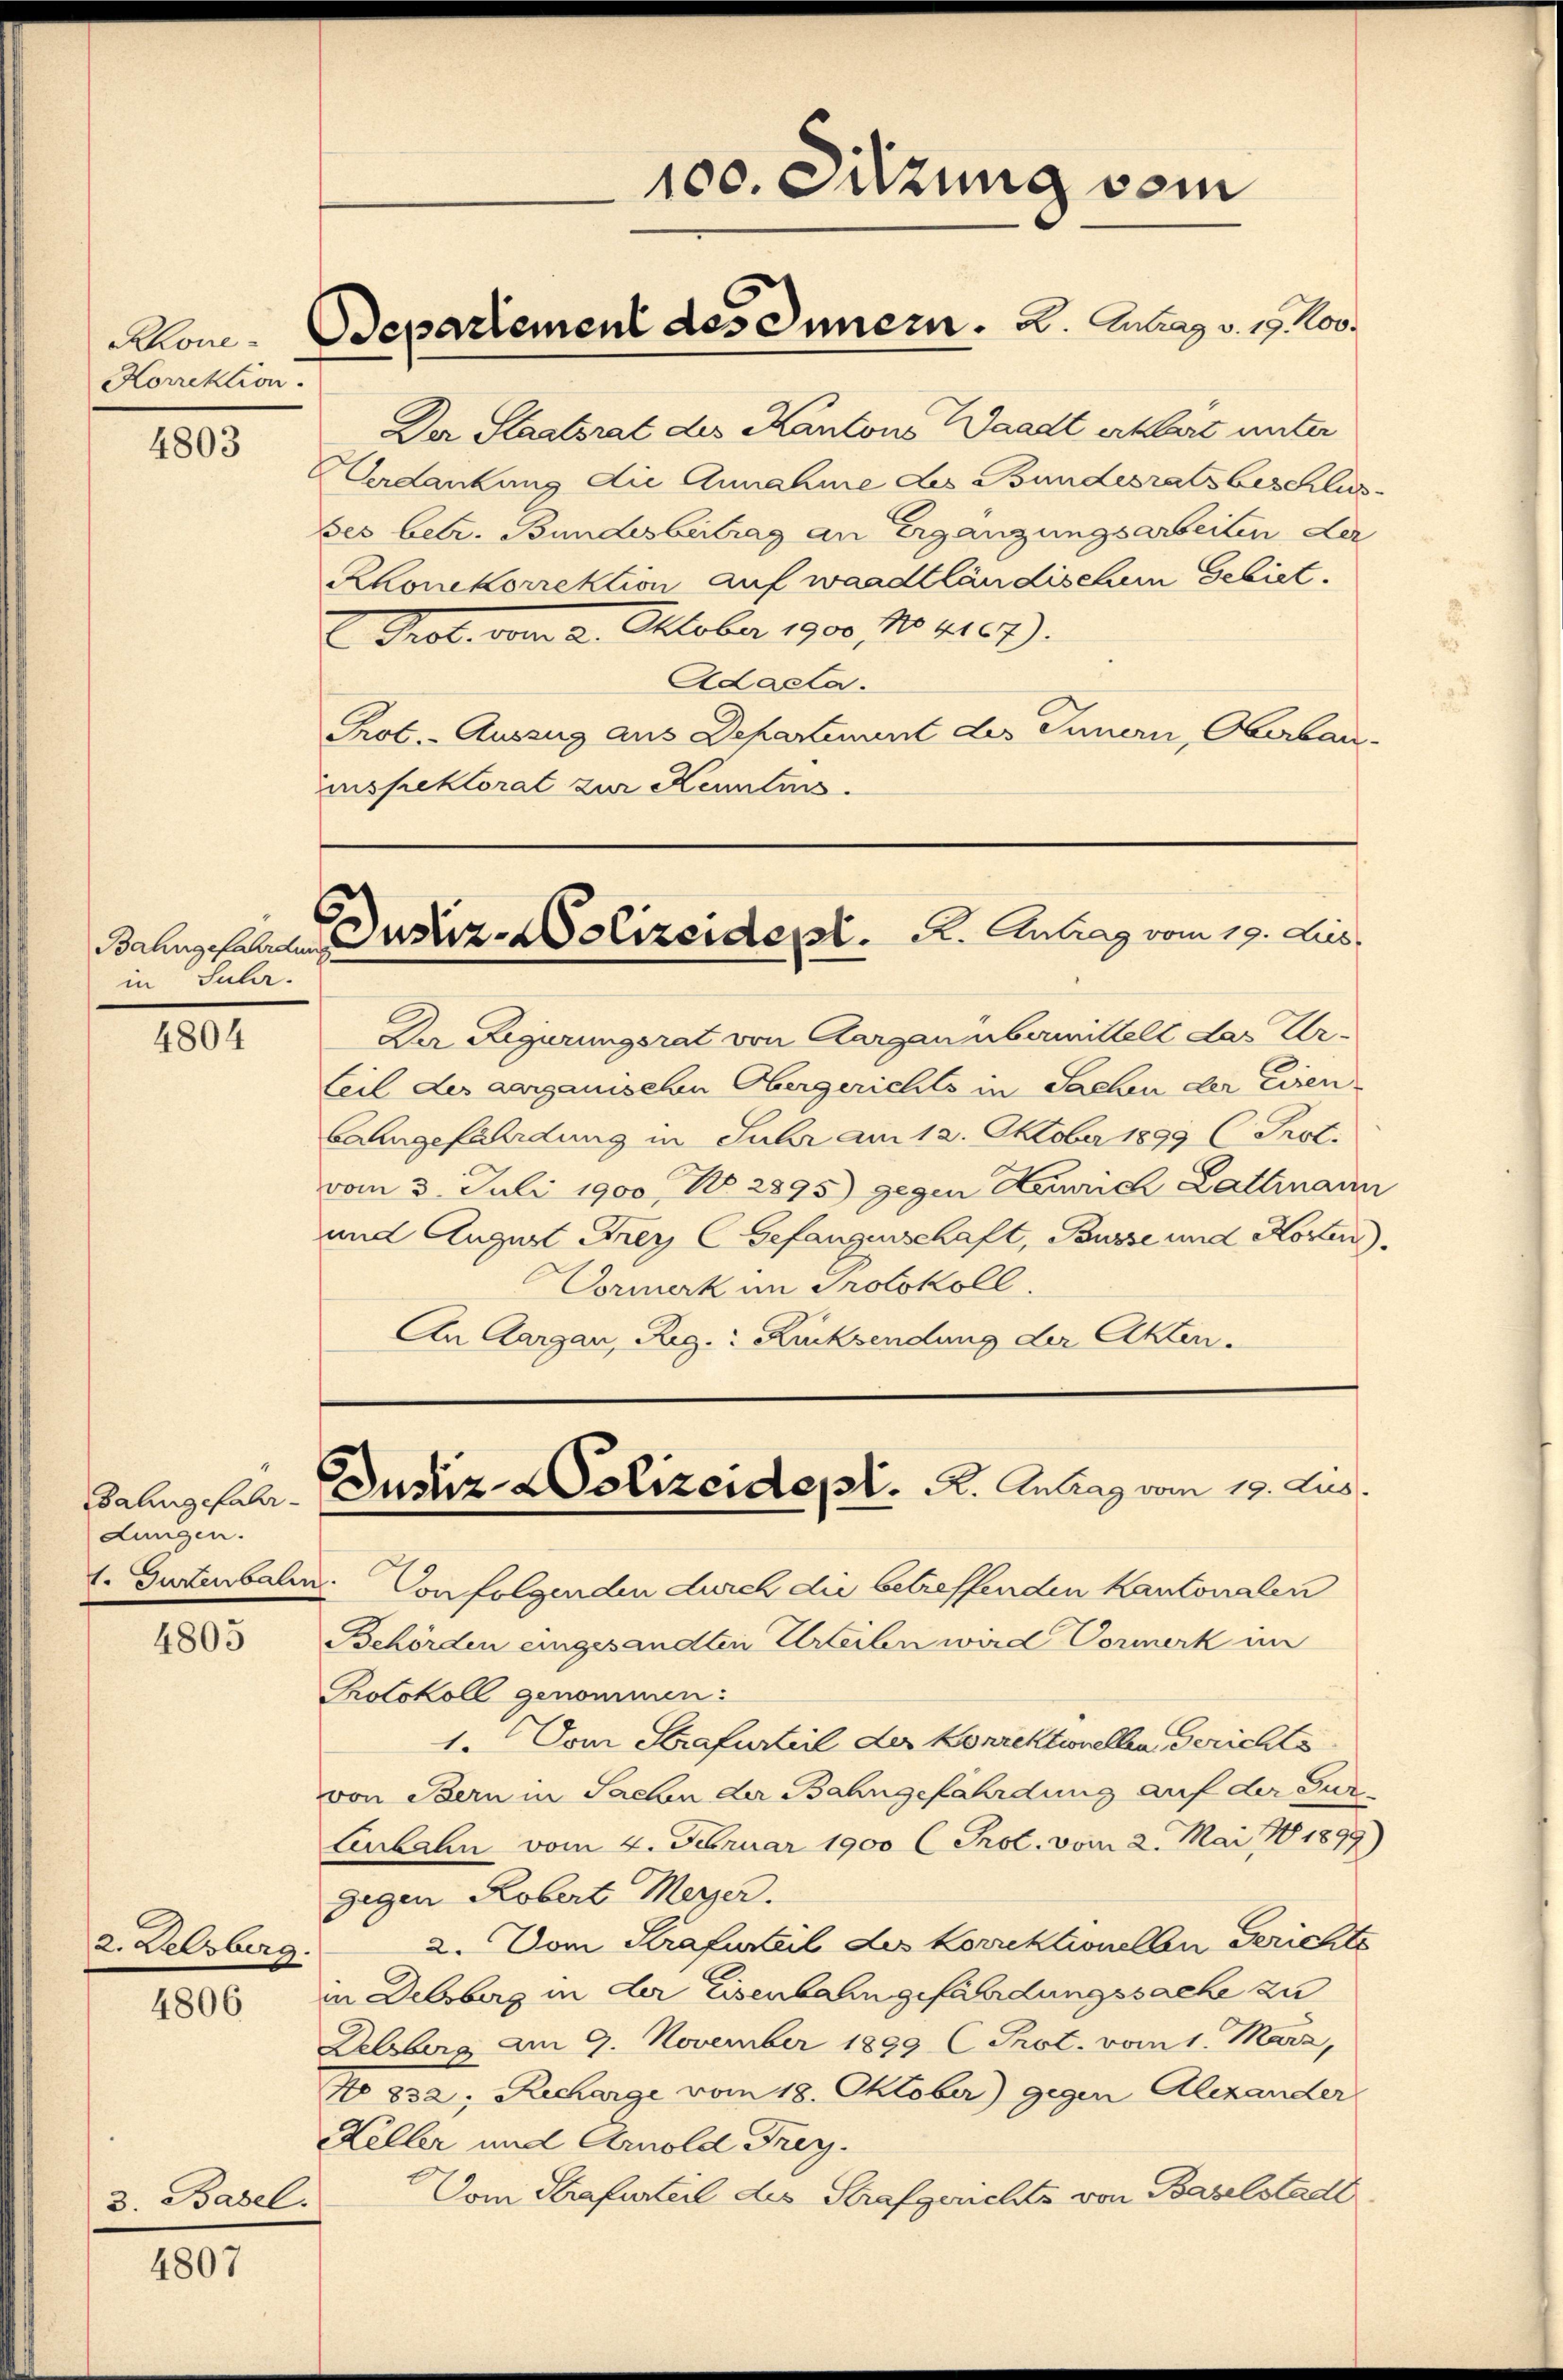
Korrektion.

4803

in Suler.

4804

Bahngefahr-
Lungen.

4805

2. Lebrberg.

4806

3. Basel.

4807

Der Staatsrat des Kantons Waadt erklärt unter
erdankung die Annahme des Bundesratsbeschluss
bes betr. Bundesbeitrag an Ergänzungsarbeiten der
Rhonekorrektion auf waadtländischem Gebiet.
Grob. vom 2. Oktober 190, No. 4167).
Adacla.
Prot. - Auszug aus Departement des Innern, Oberbauinspektorat zur Kenntnis.

100. Sitzung vom

Mon-Departement des Innern. 2. Antrag v. 19. Nov.

Bahngefahren Dustiz. Polizeident. R. Antrag vom 19. Aus

Der Regierungsrat von Aargau übermittelt das Ur¬
Teil des aargauischen Obergerichts in Sachen der Eisen
bahngefährdung in Suhr am 12. Oktober 1899 C. Prot.
vom 3. Juli 1900, No. 2895) gegen Heinrich Lattenann
und August Frey Gefangenschaft, Pausse und Horen.
Dormerk im Protokoll,
An Aargau, Reg. Rucksendung der Akten.

Justiz- Polizeidept. R. Antrag vom 19. Aus

1. Guterbale. Von folgenden durch die betreffenden Kantonalen
Behörden eingesandten Urteilen wird Vormerk im
Protokoll genommen:
1. Vom Strafurteil der Korrektionellen, Gerichts
von Bern in Sachen der Bahngefährdung auf der Tur¬
Lubahn vom 4. Februar 1900 l Prot. vom 2. Mai 1899)
gegen Robert Meyer.
2. Vom Strafweil des korrektionellen Gerichte
in Delsberg in der Eisenbahngefährdungssache zu
Delsberg am 9. November 1899 C Prot. vom 1. März,
No 832; Recharge vom 18. Oktober) gegen Alexander
Keller und Arnold Frey.
Vom Strafurteil des Strafgerichts von Baselstadt